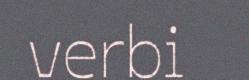
verbi